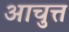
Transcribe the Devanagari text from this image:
आचुत्त